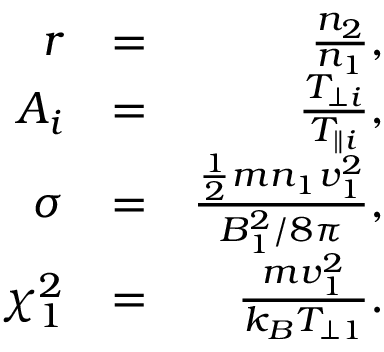
\begin{array} { r l r } { r } & { = } & { \frac { n _ { 2 } } { n _ { 1 } } , } \\ { A _ { i } } & { = } & { \frac { T _ { \perp i } } { T _ { \parallel i } } , } \\ { \sigma } & { = } & { \frac { \frac { 1 } { 2 } m n _ { 1 } v _ { 1 } ^ { 2 } } { B _ { 1 } ^ { 2 } / 8 \pi } , } \\ { \chi _ { 1 } ^ { 2 } } & { = } & { \frac { m v _ { 1 } ^ { 2 } } { k _ { B } T _ { \perp 1 } } . } \end{array}